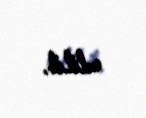
edilib.